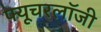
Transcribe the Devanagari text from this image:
फ्यूचरलॉजी